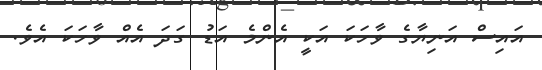
އައިސް އަނިޔާގެ ވާހަކަ އަކީ އެންމެ އަޑު ގަދަ އެއް ވާހަކަ އެވެ.